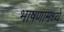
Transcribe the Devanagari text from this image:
भाषणामध्ये